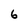
Character: 6